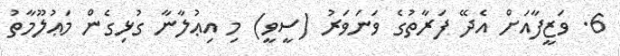
6. ވަޒީފާއަށް އެދޭ ފަރާތުގެ ވަނަވަރު (ސީވީ) މި އިޢުލާނާ ގުޅިގެން މަޢުލޫމާތު